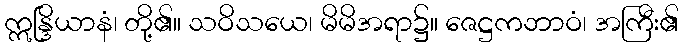
ဣန္ဒြိယာနံ၊ တို့၏။ သဝိသယေ၊ မိမိအရာ၌။ ဇေဋ္ဌကဘာဝံ၊ အကြီး၏